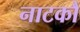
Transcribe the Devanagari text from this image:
नाटकौं